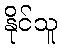
နိုင်သူ